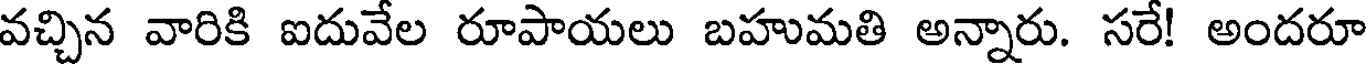
వచ్చిన వారికి ఐదువేల రూపాయలు బహుమతి అన్నారు. సరే! అందరూ